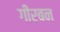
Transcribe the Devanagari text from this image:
गीरबन